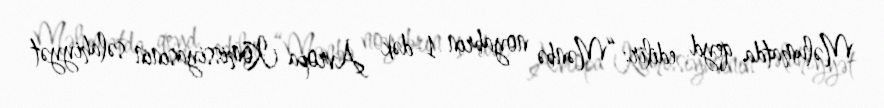
Məlumatda qeyd edilir: “Mənbə noyabrın 1-dək Avropa Komissiyasının səlahiyyət